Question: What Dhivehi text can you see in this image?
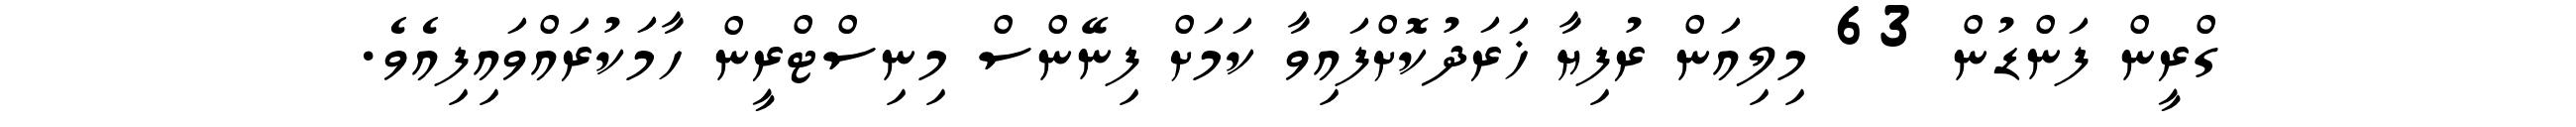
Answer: ގްރީން ފަންޑުން 63 މިލިއަން ރުފިޔާ ޚަރަދުކޮށްފައިވާ ކަމަށް ފިނޭންސް މިނިސްޓްރީން ހާމަކުރައްވައިފިއެވެ.